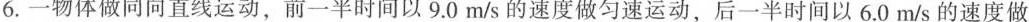
6.一物体做同向直线运动，前一半时间以9.0m/s的速度做匀速运动，后一半时间以6.0m/s的速度做